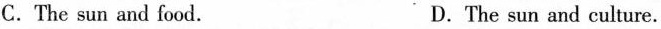
C.The sun and food. D.The sun and culture.